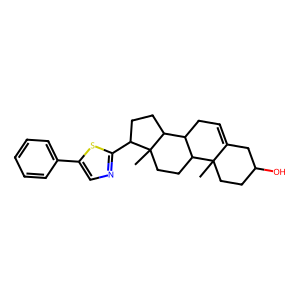
SMILES: CC12CCC(O)CC1=CCC1C2CCC2(C)C(c3ncc(-c4ccccc4)s3)CCC12
Inhibits HIV replication: No